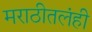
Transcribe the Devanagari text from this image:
मराठीतलंही